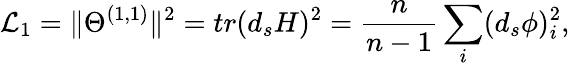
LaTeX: {\cal L}_{1}=\Vert\Theta^{(1,1)}\Vert^{2}=tr(d_{s}H)^{2}=\frac{n}{n-1}\sum_{i}(d_{s}\phi)_{i}^{2},